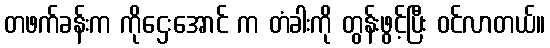
တဖက်ခန်းက ကိုဌေးအောင် က တံခါးကို တွန်းဖွင့်ပြီး ဝင်လာတယ်။